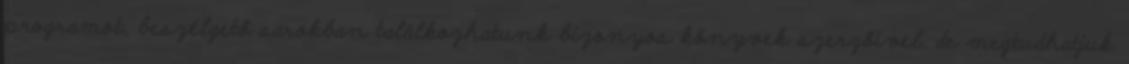
programot, beszélgető sarokban találkozhatunk bizonyos könyvek szerzőivel, de megtudhatjuk